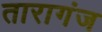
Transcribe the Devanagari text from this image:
तारागंज